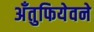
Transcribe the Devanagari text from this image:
अँतुफियेवने